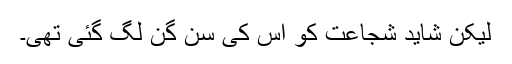
لیکن شاید شجاعت کو اس کی سن گن لگ گئی تھی۔